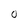
Character: O